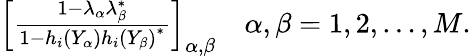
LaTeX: \begin{array}{r}{\left[\frac{1-\lambda_{\alpha}\lambda_{\beta}^{*}}{1-h_{i}\left(Y_{\alpha}\right)h_{i}\left(Y_{\beta}\right)^{*}}\right]_{\alpha,\beta}\quad\alpha,\beta=1,2,\ldots,M.}\end{array}